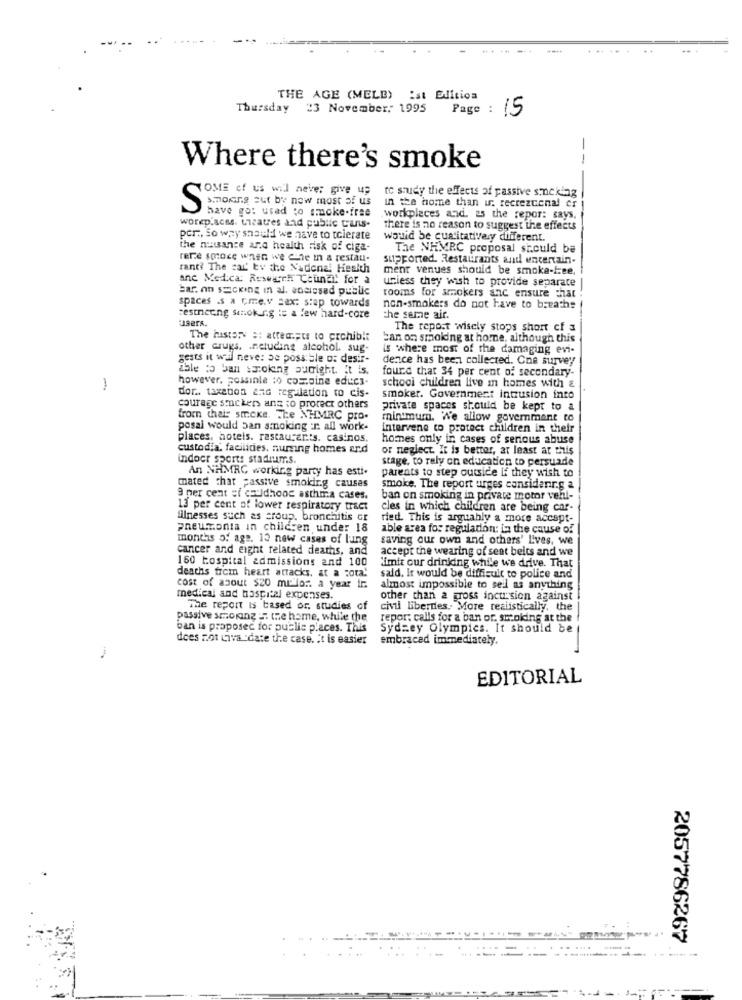
THE AGE (MELB) Ist Edition
Thursday 23 November, 1995
Page : 15
--
Where there's smoke
OME of us will never give up to study the effects of passive smocking
smoking out by now most of us
in the home than u. recrezcenal er
S
have go: used to smoke-free
workplaces and. 25 the repor: says,
worep.scss. theatres and public trans-
there is no reason to suggest the effects
per ., So way should we have to tolerate
would be cualitativaly different.
the nuisance ard health risk of ciga-
The NHMRC proposal should be
refe smoke when we cine in a restau-
supported. Restaurants and uncertain.
rant? The car' by the Nadenal Health
ment venues should be smoke-free.
anc Medica: Rowwegch ChunEl! for a
uniess they wish to provide separate
bar. on secking in al. socissed public
spaces .s a cre.v sex: step towards
rooms for smokers anc ensure that
non-smokers do not have to breathe
restneung sanoking ic a few hard-core
users.
the semme air.
The report wisely stops short cf 3
The history :: attempts to prohibit
can on smoking at home, although this
other drugs. . netucing alcohol. sug-
is where most of the damaging evi-
gests it wahl neve: be possible of desir-
dence has been collected. One survey
able to ban smoking suright. It is.
fourd that 34 per cent of secondary-
however, possinle :o cos.pine educs.
school children live in homes with &
dor .. taxenon and regulation to cis-
smoker. Government intrusion into
courage smuckers ans to protect others
Private spaces should be kept to a
from thei: smicke. The NHMRC pro.
minimum. We allow government to
posai would ban smoking :r. all work-
intervene to protect children in their
places, hotels. restaurar's. casinos.
homes only in cases of serious abuse
custodia. facilities, numing homes and
or neglect. It is better, at least at this
indoor sports stadiums.
stage, to rely on education to persuade
An NPMRG working party has esti.
parents to step outside if they wish to
mated chat passive smoking causes
smoke. The report urges considerrg a
9 per cent of couldhoog asthma cases.
ban on smoking in private motor vehl-
13 per cent of lower respiratory tract
cles in which children are being car-
illnesses such as croup, bronchitis Gr
ried. This is arguably a more accept-
pneumonia in children under 18
able area for regulation: La the cause of
months of age. 13 new cases of lung
saving our own and others' Lives, we
cancer and eight related deaths, and
accept the wearing of sent beits and we
160 hospital admissions and 100
deaths from heart attacks, at a cota!
Cimit cur drinking while we drive. That
sald. It would be difficult to police and
cost of about $20 ml for. a year ir.
almost impossible to sell as anything
medical and hospital expenses.
other than a gross incursion against
The report is based or. studies of
civil liberties .. More realistically, the
passive scoring == the home, while the
repor: calls for a ban or. smoking at the
ban is proposec for public places. This
Sydney Olympics. It should be
does not Liva 'date the case. it is easier
embraced immediately.
EDITORIAL
2057786267